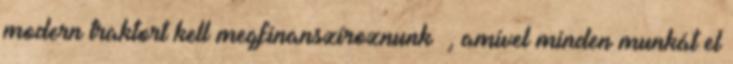
modern traktort kell megfinanszíroznunk –, amivel minden munkát el